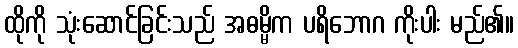
ထိုကို သုံးဆောင်ခြင်းသည် အဓမ္မိက ပရိဘောဂ ကိုးပါး မည်၏။